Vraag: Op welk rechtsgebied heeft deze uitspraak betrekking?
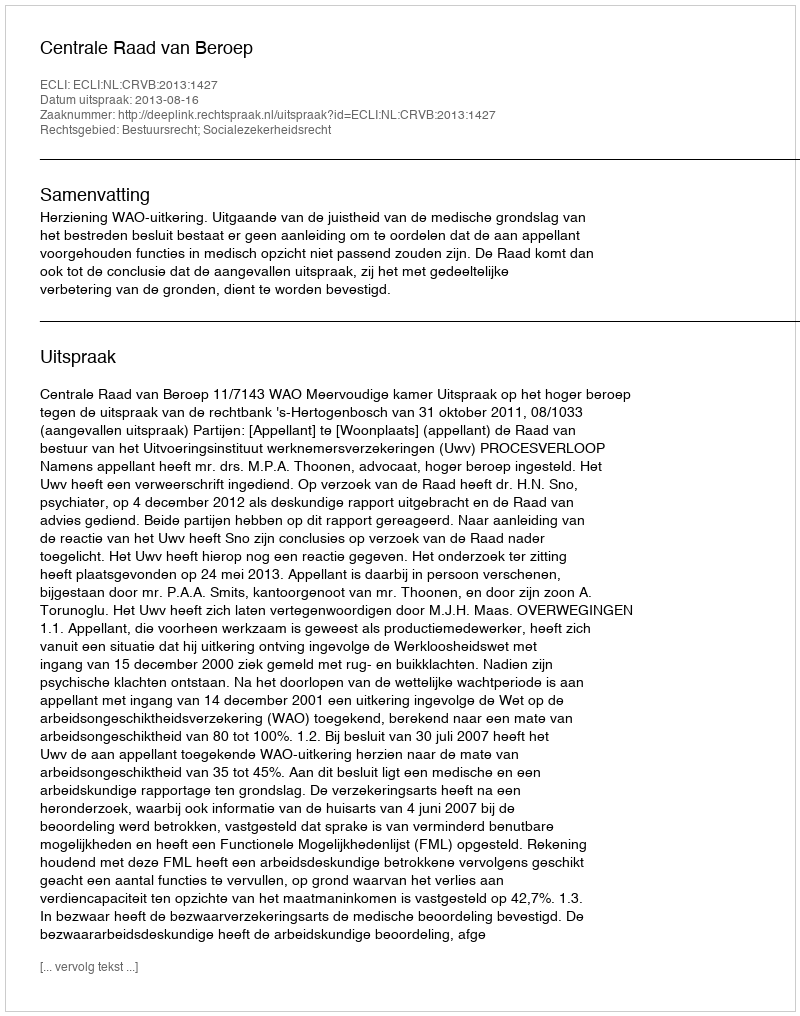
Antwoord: Bestuursrecht; Socialezekerheidsrecht